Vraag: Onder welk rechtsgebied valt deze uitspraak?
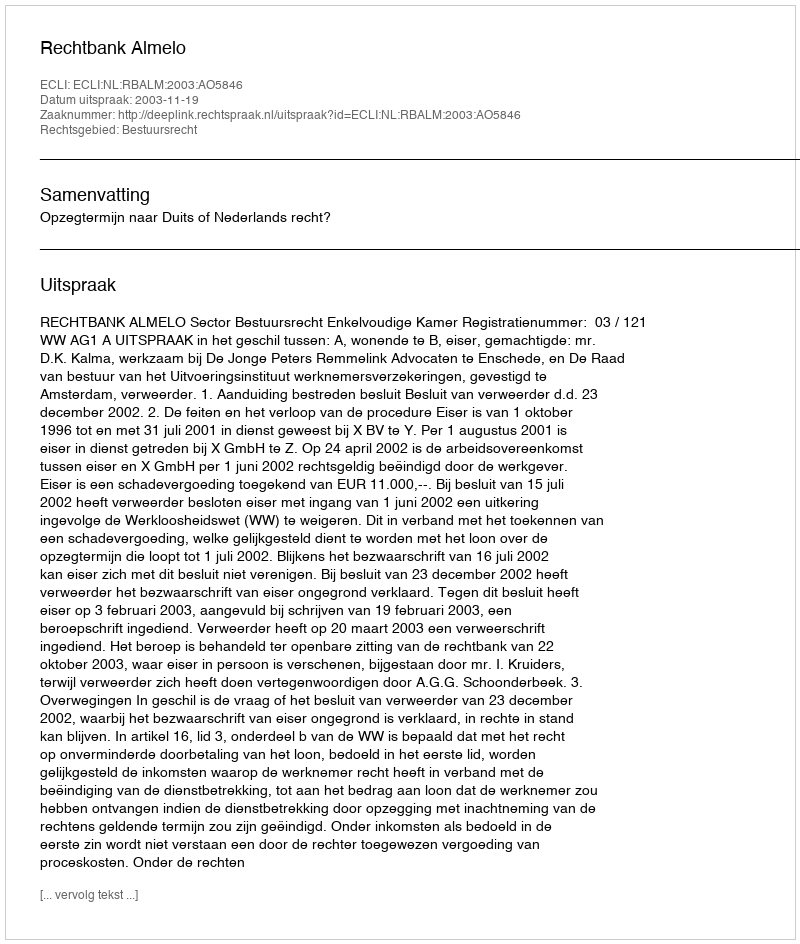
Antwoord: Bestuursrecht